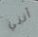
أنني